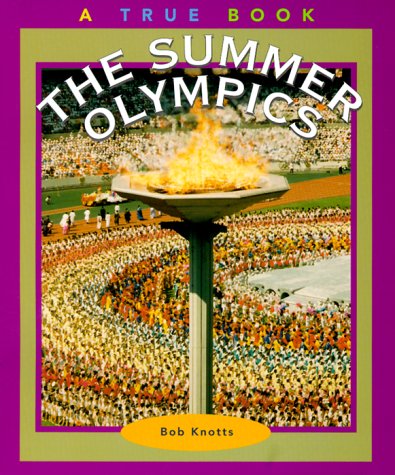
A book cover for The Summer Olympics (True Books: Sports); Bob Knotts; Children's Books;